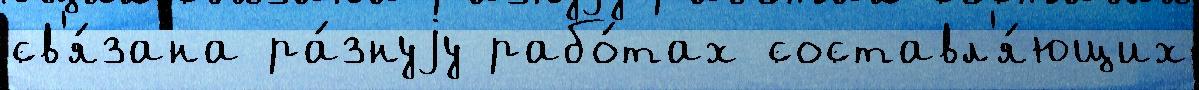
св'я́зана ра́знуjу рабо́тах составл'я́ющих